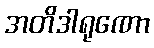
အတိဒါရုဏော